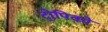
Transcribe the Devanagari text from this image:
ट्रोपिको